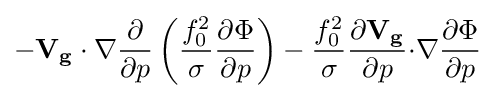
{-{{\mathbf {V_{g}} \cdot \nabla }{\partial  \over \partial p}\left({{f_{0}^{2} \over \sigma }{\partial \Phi  \over \partial p}}\right)}-{{f_{0}^{2} \over \sigma }{\partial \mathbf {V_{g}}  \over \partial p}{\cdot \nabla }{\partial \Phi  \over \partial p}}}